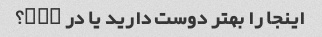
اینجا را بهتر دوست دارید یا در pcc؟